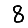
Digit: 8